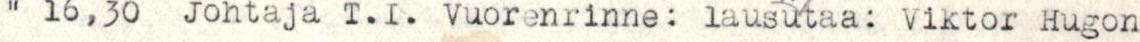
" 16,30  Johtaja T.I. Vuorenrinne: lausutaa: Viktor Hugon